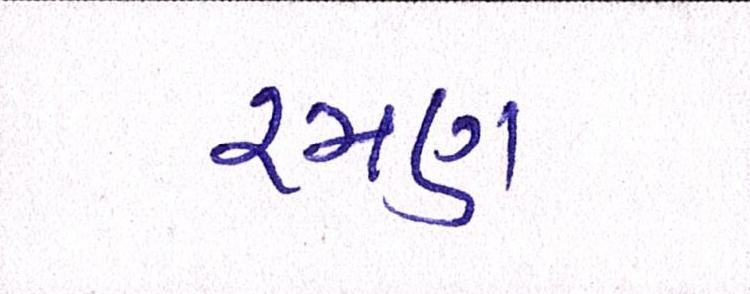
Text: રમણ